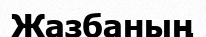
Жазбаның